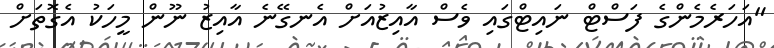
"އަހަރެމެންގެ ފަސްޓް ނައިޓްގައި ވެސް އާއިޒުއަށް އެނގޭނެ އާއިޒު ނޫން މީހަކު އެގޮތަށް